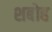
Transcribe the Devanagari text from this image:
शबोह